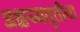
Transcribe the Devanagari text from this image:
अक्षय्यतृतीया